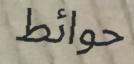
حوائط